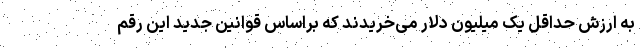
به ارزش حداقل یک میلیون دلار می‌خریدند که براساس قوانین جدید این رقم